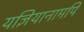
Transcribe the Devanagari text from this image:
यज्ञियानामपि